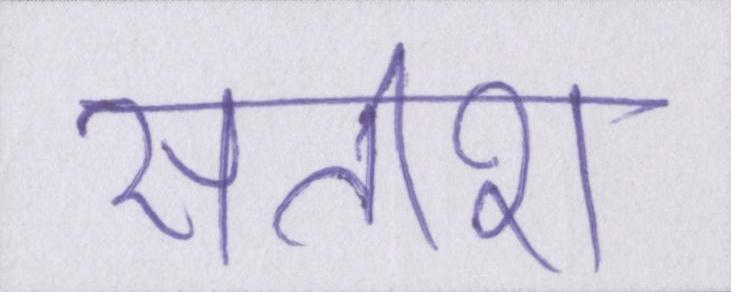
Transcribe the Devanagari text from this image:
सतीश